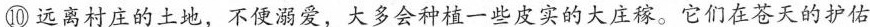
⑩远离村庄的土地，不便溺爱，大多会种植一些皮实的大庄稼。它们在苍天的护佑